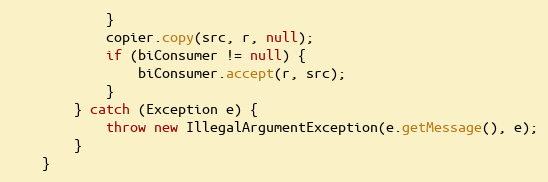
Language: Java
            }
            copier.copy(src, r, null);
            if (biConsumer != null) {
                biConsumer.accept(r, src);
            }
        } catch (Exception e) {
            throw new IllegalArgumentException(e.getMessage(), e);
        }
    }